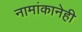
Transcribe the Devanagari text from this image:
नामांकानेही